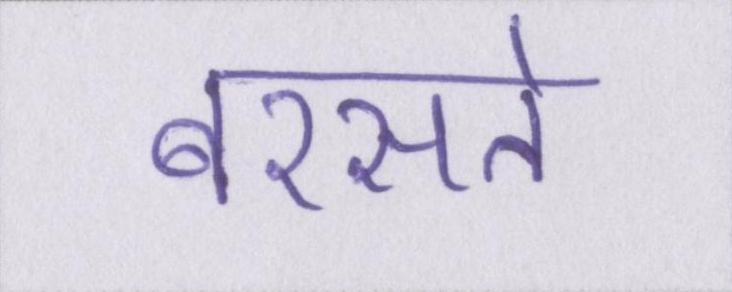
बरसते